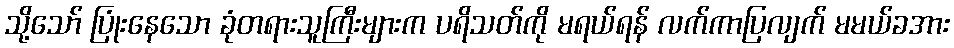
သို့သော် ပြုံးနေသော ခုံတရားသူကြီးများက ပရိသတ်ကို မရယ်ရန် လက်ကာပြလျက် မမယ်ခအား